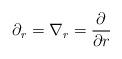
LaTeX: \begin{align*}\partial_{r}=\nabla_{r}=\frac{\partial}{\partial r}\end{align*}